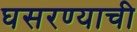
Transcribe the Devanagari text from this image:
घसरण्याची